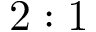
2 : 1